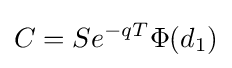
C=Se^{-qT}\Phi (d_{1})